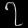
Digit: ၇